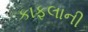
કાફલાની